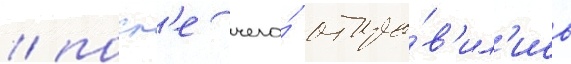
/ посл'е чего́ отпра́в'ил'ись